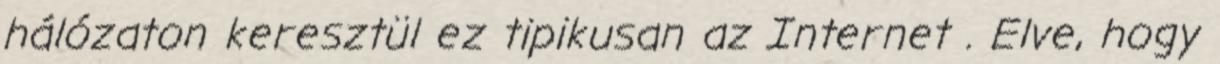
hálózaton keresztül ez tipikusan az Internet . Elve, hogy